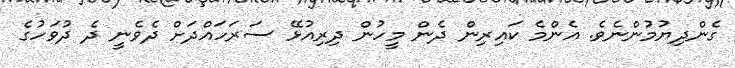
ގެންދިޔުމުންނެވެ. އެންމެ ކައިރިން ދެން މީހުން ދިރިއުޅޭ ސަރަހައްދަށް ދެވެނީ ދެ ދުވަހުގެ